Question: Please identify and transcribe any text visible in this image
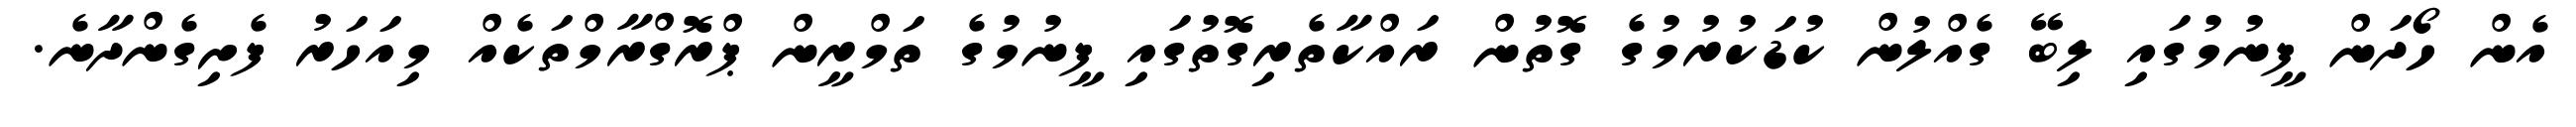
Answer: އެން ހޯދަން ފީނުމުގައި ލިބޭ ގެއްލުން ކުޑަކުރުމުގެ ގޮތުން ރައްކާތެރިގޮތުގައި ފީނުމުގެ ތަމްރީން ޕްރޮގްރާމްތަކެއް މިއަހަރު ފެށިގެންދާނެ.